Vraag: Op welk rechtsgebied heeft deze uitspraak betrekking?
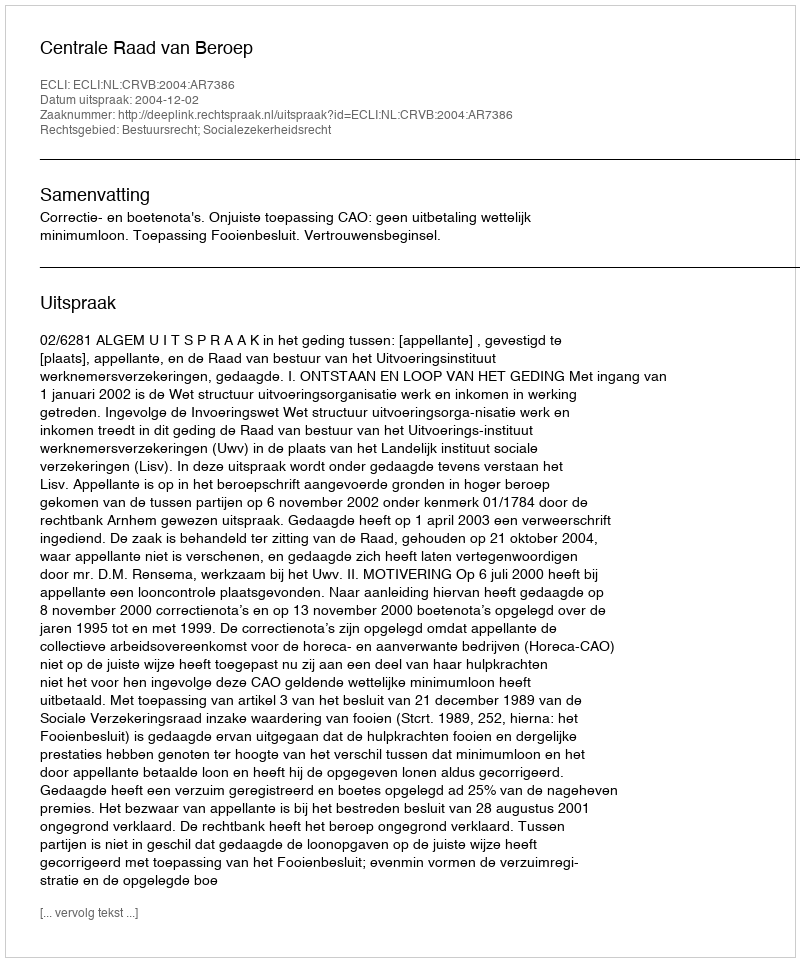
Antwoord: Bestuursrecht; Socialezekerheidsrecht